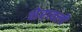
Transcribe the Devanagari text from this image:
शेरावली